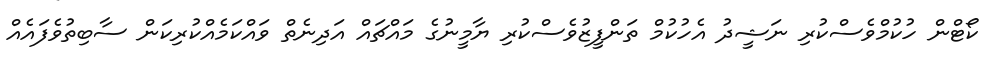
ކޯޓްން ހުކުމްވެސްކުރި ނަޝީދު އެހުކުމް ތަންފީޒުވެސްކުރި ޔާމީނުގެ މައްޗައް އަދިނެތް ވައްކަމެއްކުރިކަން ސާބިތުވެފައެއް